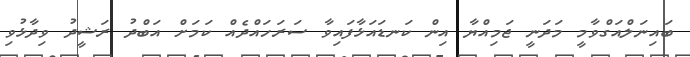
ބައިނަލްއަގްވާމީ މަދަނީ ޖަމިއްޔާ އިން ކަނޑައަޅާފައިވާ ސަރަހައްދެއް ކަމަށް އަބްދު ރަޝީދު ވިދާޅުވި